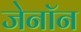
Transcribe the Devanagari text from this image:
जेनॉन